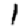
Digit: 1